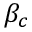
\beta _ { c }